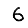
Digit: 6